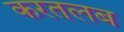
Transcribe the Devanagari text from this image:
करतलब